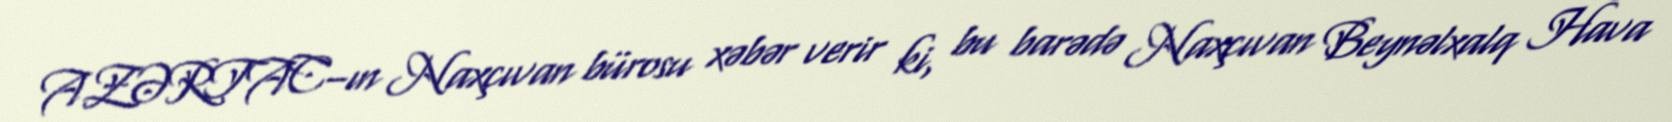
AZƏRTAC–ın Naxçıvan bürosu xəbər verir ki, bu barədə Naxçıvan Beynəlxalq Hava